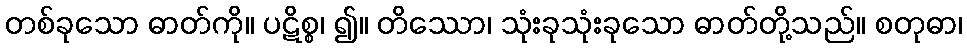
တစ်ခုသော ဓာတ်ကို။ ပဋိစ္စ၊ ၍။ တိဿော၊ သုံးခုသုံးခုသော ဓာတ်တို့သည်။ စတုဓာ၊